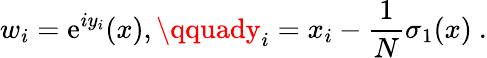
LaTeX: w_{i}=\mathrm{e}^{iy_{i}}(x),\qquady_{i}=x_{i}-\frac{1}{N}\sigma_{1}(x)\ .